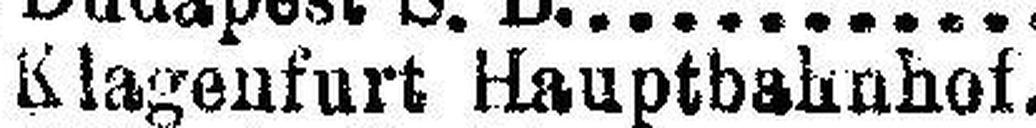
Klagenfurt Hauptbahnhof